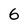
Character: 6